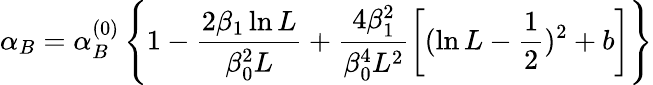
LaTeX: \alpha_{B}=\alpha_{B}^{(0)}\left\{ 1-\frac{2\beta_{1}\ln L}{\beta_{0}^{2}L}+\frac{4\beta_{1}^{2}}{\beta_{0}^{4}L^{2}}\left[(\ln L-\frac{1}{2})^{2}+b\right]\right\}